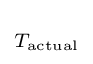
\scriptstyle T_{\text{actual}}